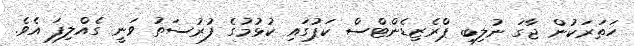
ހަތަރަކުން ޖާގަ ނުލިބި ޕްރެޒިޑެންޓްސް ކަޕުގައި ކުޅުމުގެ ފުރުސަތު ވަނީ ގެއްލިފަ އެވެ.